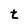
Character: t